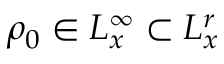
\rho _ { 0 } \in L _ { x } ^ { \infty } \subset L _ { x } ^ { r }